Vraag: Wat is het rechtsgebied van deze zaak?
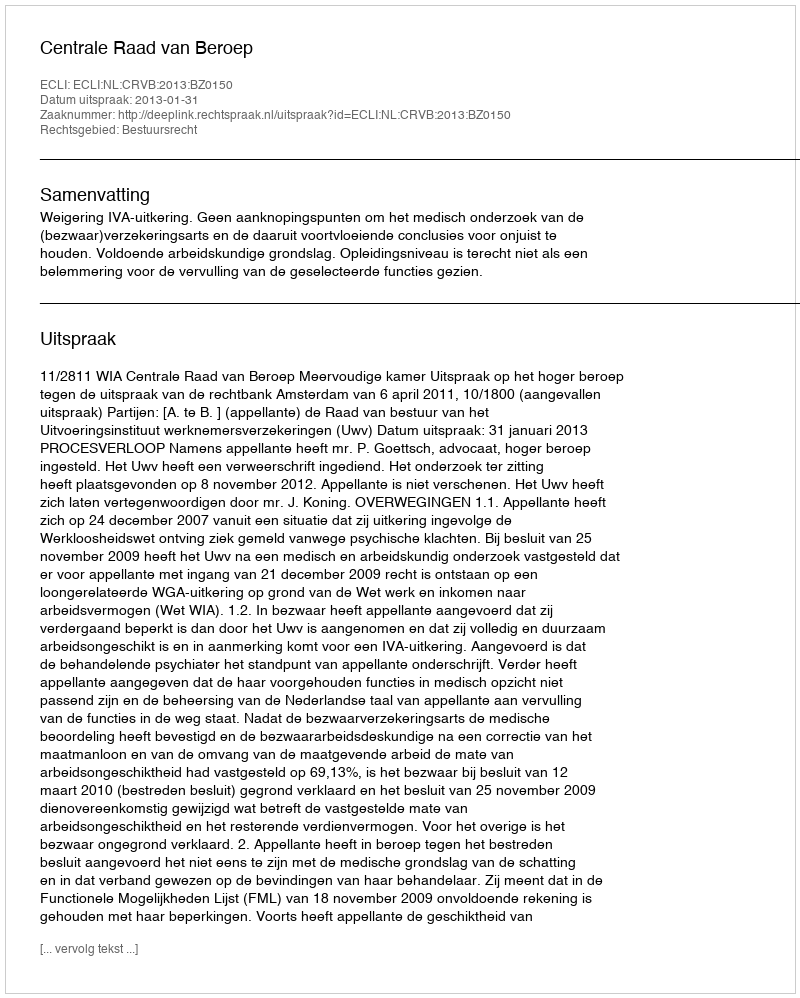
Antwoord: Bestuursrecht